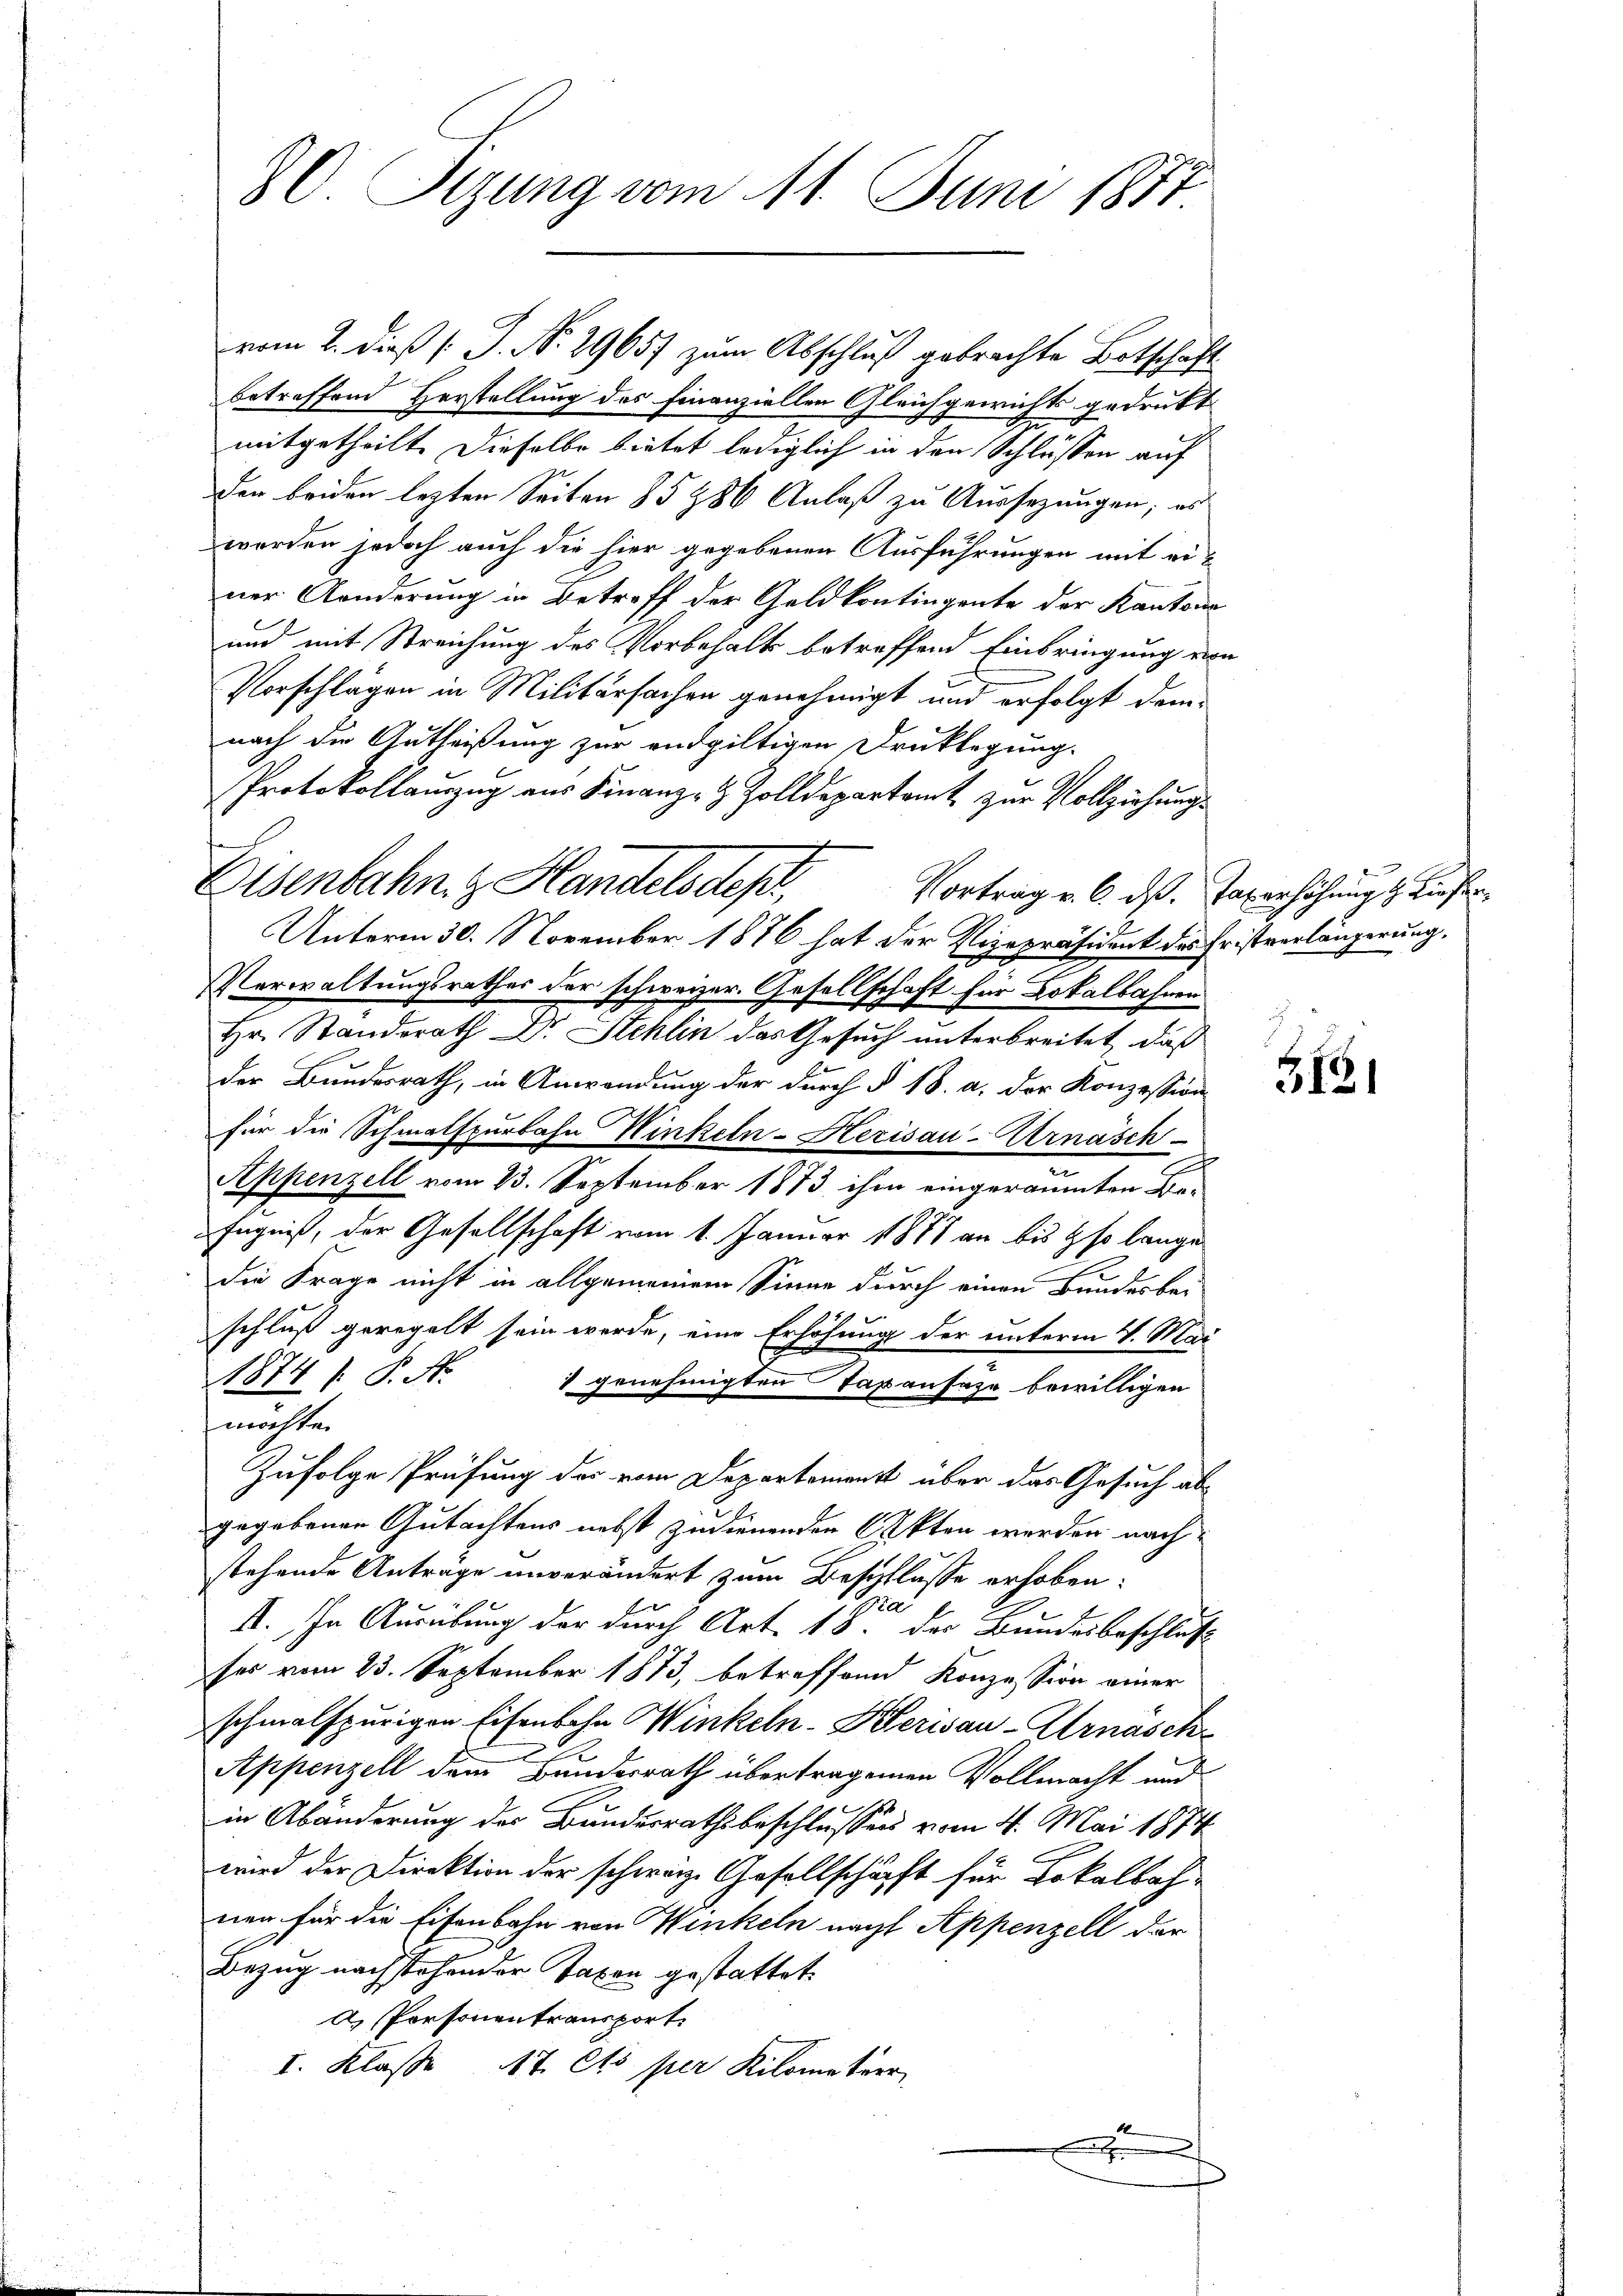
betreffend Herstellung des Finanziellen Gleichgewichts gedrukt
mitgetheilt. Dieselbe bietet lediglich in den Schlüssen auf
den beiden lezten Seiten §§ 286 Anlaß zu Aussezungen; es
worden jedoch auch die hier gegebenen Ausführungen mit einer Aenderung in Betreff der Geldkontingente der Kantons
und mit Streichung des Vorbehalts betreffend Einbringung von
Vorschlägen in Militärsachen genehmigt und erfolgt demnach die Gutheißung zur endgültigen Drucklegung.
Protokollauszug aus Finanz- & Zolldepartamt zur Vollziehungs
Unterm 30. November 1876 hat der Vizepräsident des Fristverlängerung,
Verwaltungsrathes der schweizer. Gesellschaft für Lokalbahren
Hr. Standsrath Dr. Stehlin das Gesuch unterbreitet, daß
der Bundesrath, in Anwendung der durch § 18. a. der Konzession
für die Schmalspurbahn Winkeln-Herisau-Arnäsch
Appenzell vom 23. September 1873 ihm eingeräumten Be-
Eugnis, der Gesellschaft vom 1. Januar 1871 an bis so lange
die Frage nicht in allgemeinem Sinne durch einen Bundesbei
schluß geregelt sein werde, eine Erhöhung der unterm 4. Mai
1874 / P. N.
v genehmigten Tapansaze bewilligen
möchte.
Zufolge Prüfung des vom Departement über das Gesuch abgegebenen Gutachtens nebst zudienenden Akten werden nach
stehende Antrage unverändert zum Beschlüsse erhoben:
Ver
II. In Ausübung der durch Art. 18. der Bundesbeschluß
ses vom 23. September 1873, betreffend Konzession einer
schmalspurigen Eisenbahn Winkeln-Klerisau-Arnasch
Appenzell dem Bundesrath übertragenen Vollmacht und
in Abänderung des Bundesrathsbeschlussen vom 4. Mai 1874.
wird der Direktion der schwarz Gesellschaft für Lokalbah-
nen für die Eisenbahn von Winkeln nacht Appenzell der
Bezug nachstehender Taxen gestattet.
a) Personentransport.
I. Klasse 17. Cts per Kilometerr
x

80. Sizung vom 11. Juni 1871

vom 2. dieß [J. N. 29657 zum Abschluß gebrachte Botschäft

Eisenbahn z. Handelsdep

Vortrag v. 6. dß. Taxerhöhung d. Liefer

5121